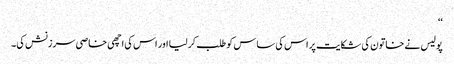
‘‘
پولیس نے خاتون کی شکایت پر اس کی ساس کو طلب کر لیا اور اس کی اچھی خاصی سرزنش کی۔